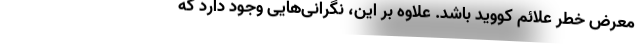
معرض خطر علائم کووید باشد. علاوه بر این، نگرانی‌هایی وجود دارد که